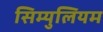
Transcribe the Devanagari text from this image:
सिम्युलियम